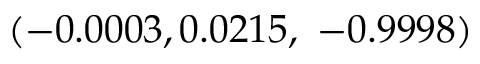
\left( - 0 . 0 0 0 3 , 0 . 0 2 1 5 , \ - 0 . 9 9 9 8 \right)